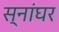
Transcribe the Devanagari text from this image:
स्नांघर